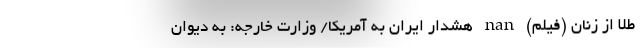
طلا از زنان (فیلم) nan هشدار ایران به آمریکا/ وزارت خارجه: به دیوان